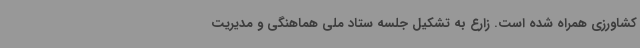
کشاورزی همراه شده است. زارع به تشکیل جلسه ستاد ملی هماهنگی و مدیریت